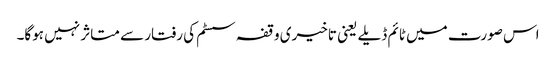
اس صورت میں ٹائم ڈیلے یعنی تاخیری وقفہ سسٹم کی رفتار سے متاثر نہیں ہوگا۔